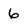
Character: 6